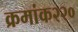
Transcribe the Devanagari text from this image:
क्रमांक२२०